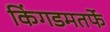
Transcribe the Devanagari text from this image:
किंगडमतर्फे